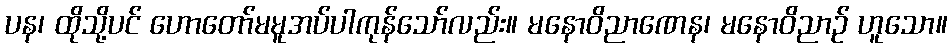
ပန၊ ထိုသို့ပင် ဟောတော်မမူအပ်ပါကုန်သော်လည်း။ မနောဝိညာဏေန၊ မနောဝိညာဉ် ဟူသော။